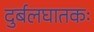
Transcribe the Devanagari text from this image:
दुर्बलघातकः